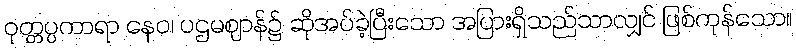
ဝုတ္တပ္ပကာရာ နေဝ၊ ပဌမဈာန်၌ ဆိုအပ်ခဲ့ပြီးသော အပြားရှိသည်သာလျှင် ဖြစ်ကုန်သော။